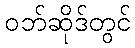
ဝဘ်ဆိုဒ်တွင်